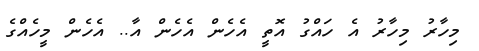
މިހާރު މިހާރު އެ ހައްގު އޮތީ އެހެން އެހެން އާ.. އެހެން މީހެއްގެ